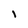
Character: I